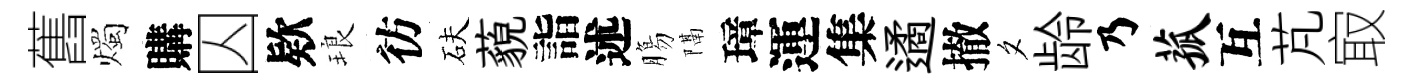
舊燭購囚欵琅彷砆藐詣述膓隔璋運集遹撤夕龄乃菰互芃㝡